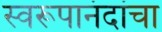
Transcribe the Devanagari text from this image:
स्वरूपानंदांचा